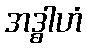
အဒ္ဓါဟံ